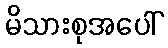
မိသားစုအပေါ်